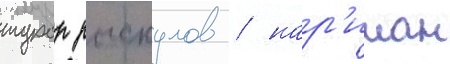
турар рыскулов / нар'иман